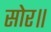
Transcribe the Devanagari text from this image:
सोर॥